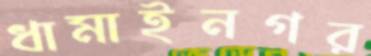
ধামাইনগর